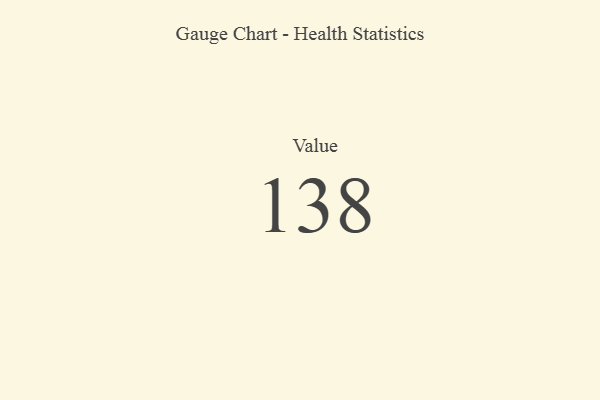
{"axis": {"x": "Metric", "y": "Value"}, "legend": [""], "data": [{"x": "Value", "y": 138, "type": ""}]}